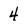
Character: 4